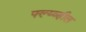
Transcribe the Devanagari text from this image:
फ्ल्य्व्हील